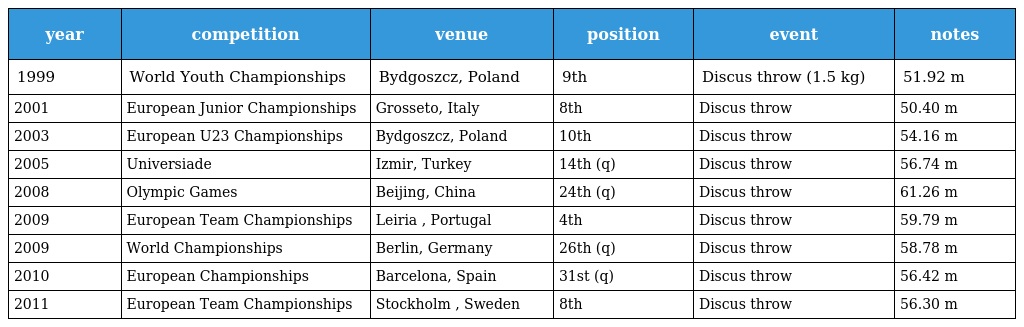
| year | competition | venue | position | event | notes |
 | --- | --- | --- | --- | --- | --- |
 | 1999 | World Youth Championships | Bydgoszcz, Poland | 9th | Discus throw (1.5 kg) | 51.92 m |
 | 2001 | European Junior Championships | Grosseto, Italy | 8th | Discus throw | 50.40 m |
 | 2003 | European U23 Championships | Bydgoszcz, Poland | 10th | Discus throw | 54.16 m |
 | 2005 | Universiade | Izmir, Turkey | 14th (q) | Discus throw | 56.74 m |
 | 2008 | Olympic Games | Beijing, China | 24th (q) | Discus throw | 61.26 m |
 | 2009 | European Team Championships | Leiria , Portugal | 4th | Discus throw | 59.79 m |
 | 2009 | World Championships | Berlin, Germany | 26th (q) | Discus throw | 58.78 m |
 | 2010 | European Championships | Barcelona, Spain | 31st (q) | Discus throw | 56.42 m |
 | 2011 | European Team Championships | Stockholm , Sweden | 8th | Discus throw | 56.30 m |